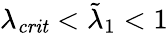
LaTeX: \lambda_{\mathit{crit}}<\tilde{\lambda}_{1}<1